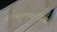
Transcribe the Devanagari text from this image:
कुलकर्णीज्